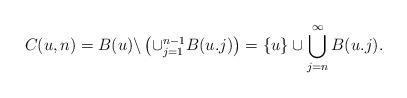
LaTeX: \begin{align*} C(u,n) = B(u) \backslash \left( \cup_{j=1}^{n-1} B(u.j)\right) = \{u\} \cup \bigcup_{j = n}^{\infty} B(u.j).\end{align*}